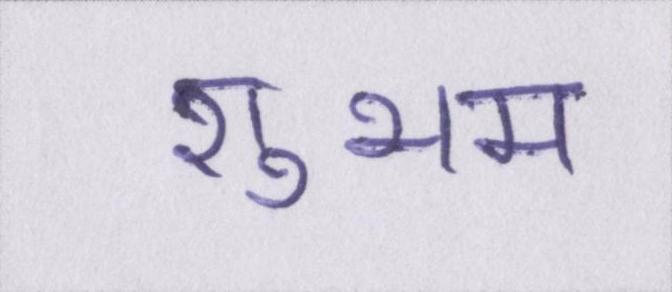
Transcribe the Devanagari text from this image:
शुभम